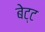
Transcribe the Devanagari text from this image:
बेट्ट